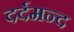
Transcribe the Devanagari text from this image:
दर्दमन्द